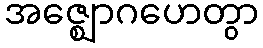
အဇ္ဈောဂဟေတွာ